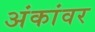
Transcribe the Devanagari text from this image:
अंकांवर